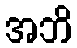
အဘိ